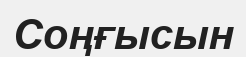
Соңғысын